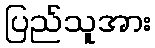
ပြည်သူအား